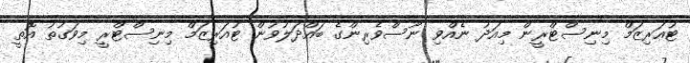
ޓުއަރިޒަމް މިނިސްޓްރީން މިއަދު ނެއްވި ނޫސްވެރިންގެ ބައްދަލުވުން ޓުއަރިޒަމް މިނިސްޓްރީ މިވަގުތު އޮތީ